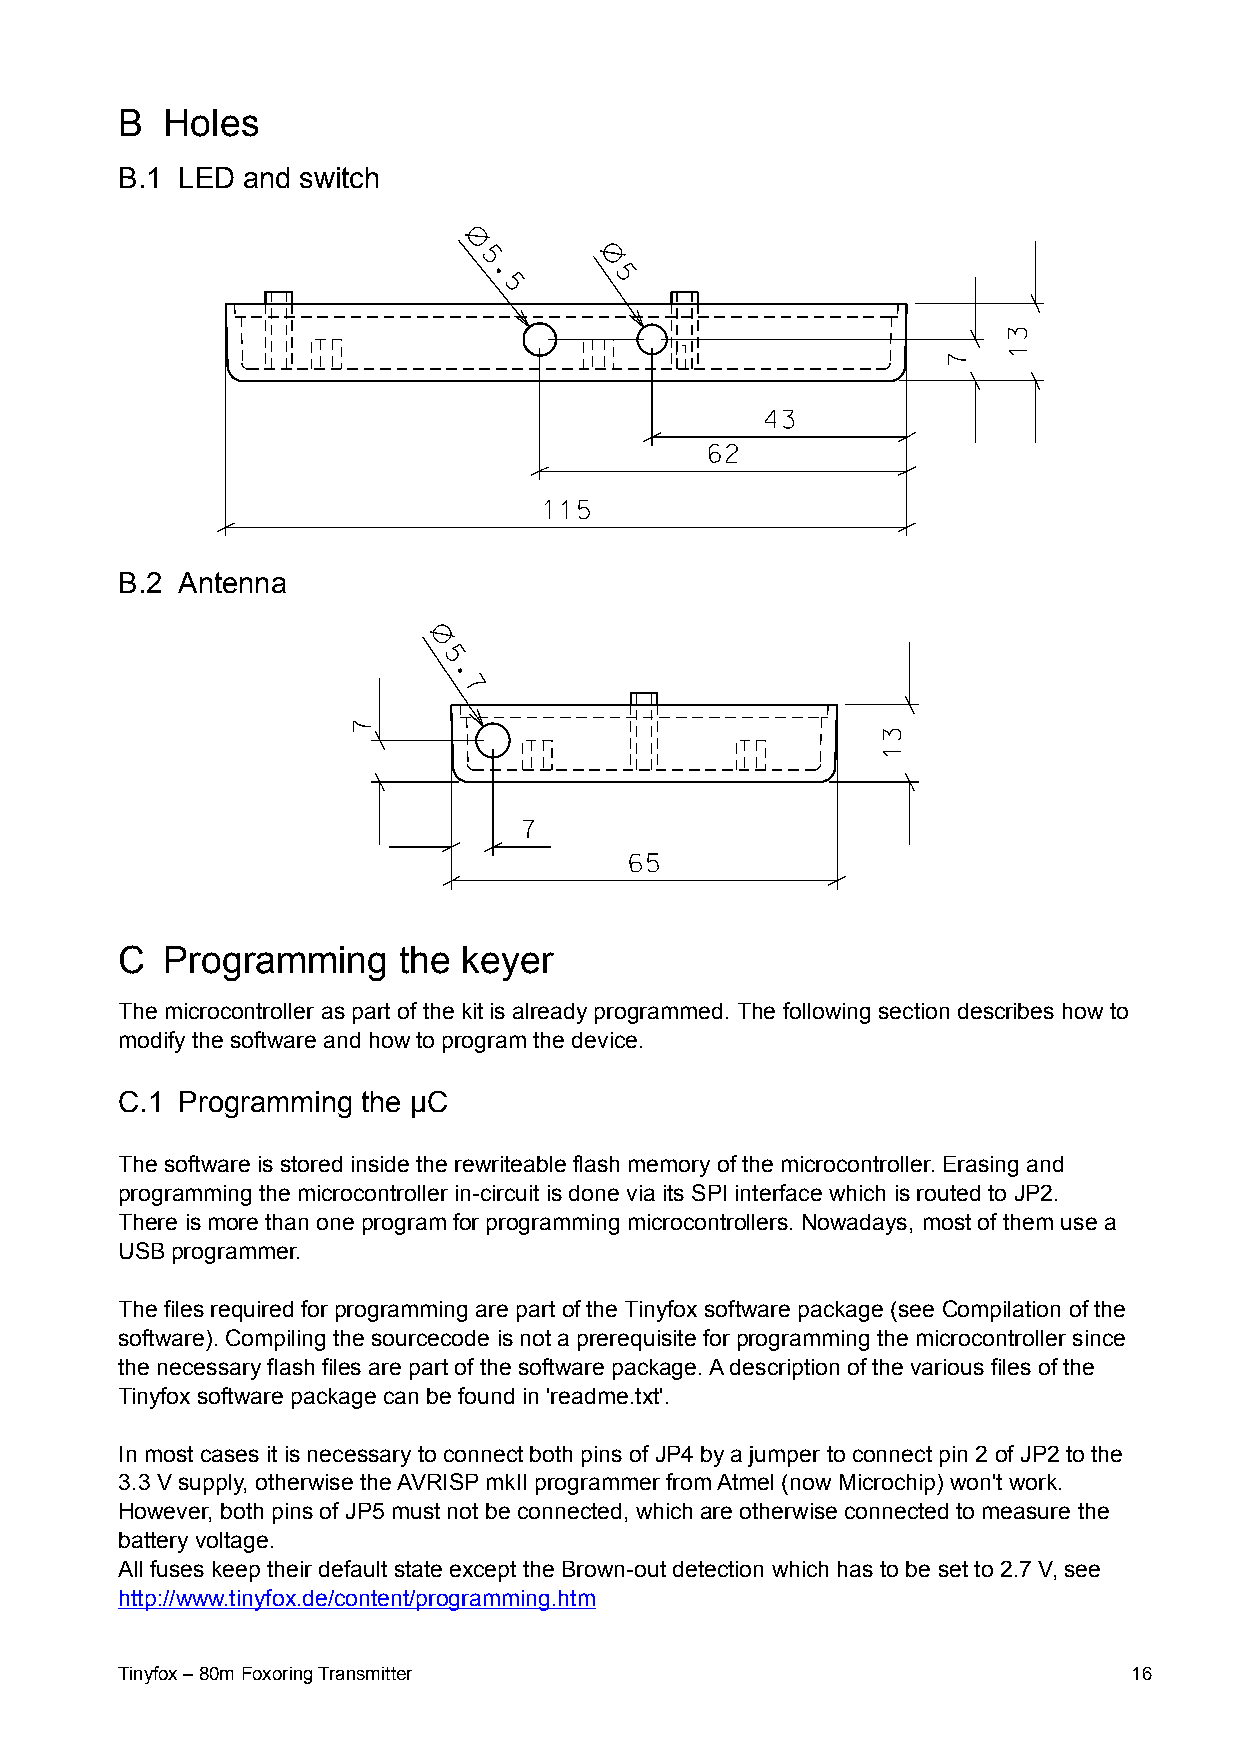
B  Holes
 B.1 LED and switch
 B.2 Antenna
 C  Programming    the  keyer
 The microcontroller as part of the kit is already programmed. The following section describes how to
 modify the software and how to program the device.
 C.1 Programming the µC
 The software is stored inside the rewriteable flash memory of the microcontroller. Erasing and
 programming the microcontroller in-circuit is done via its SPI interface which is routed to JP2.
 There is more than one program for programming microcontrollers. Nowadays, most of them use a
 USB programmer.
 The files required for programming are part of the Tinyfox software package (see Compilation of the
 software). Compiling the sourcecode is not a prerequisite for programming the microcontroller since
 the necessary flash files are part of the software package. A description of the various files of the
 Tinyfox software package can be found in 'readme.txt'.
 In most cases it is necessary to connect both pins of JP4 by a jumper to connect pin 2 of JP2 to the
 3.3 V supply, otherwise the AVRISP mkII programmer from Atmel (now Microchip) won't work.
 However, both pins of JP5 must not be connected, which are otherwise connected to measure the
 battery voltage.
 All fuses keep their default state except the Brown-out detection which has to be set to 2.7 V, see
 http://www.tinyfox.de/content/programming.htm
 Tinyfox – 80m Foxoring Transmitter                                 16